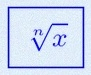
\sqrt[n]{x}